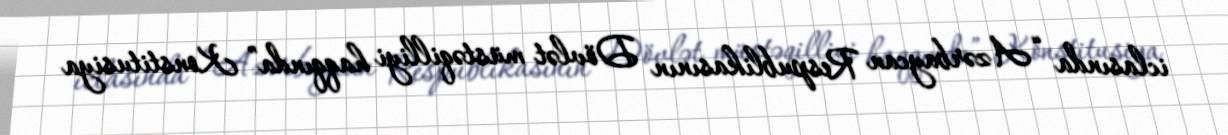
iclasında “Azərbaycan Respublikasının Dövlət müstəqilliyi haqqında” Konstitusiya